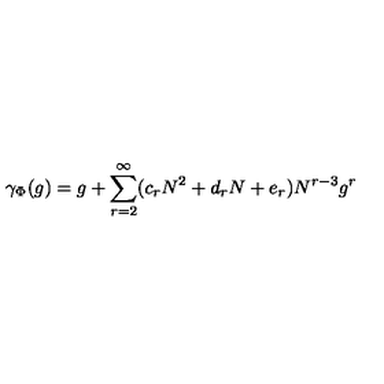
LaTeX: \gamma _ { \Phi } ( g ) = g + \sum _ { r = 2 } ^ { \infty } ( c _ { r } N ^ { 2 } + d _ { r } N + e _ { r } ) N ^ { r - 3 } g ^ { r }